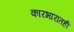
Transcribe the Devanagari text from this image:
कारभारातही